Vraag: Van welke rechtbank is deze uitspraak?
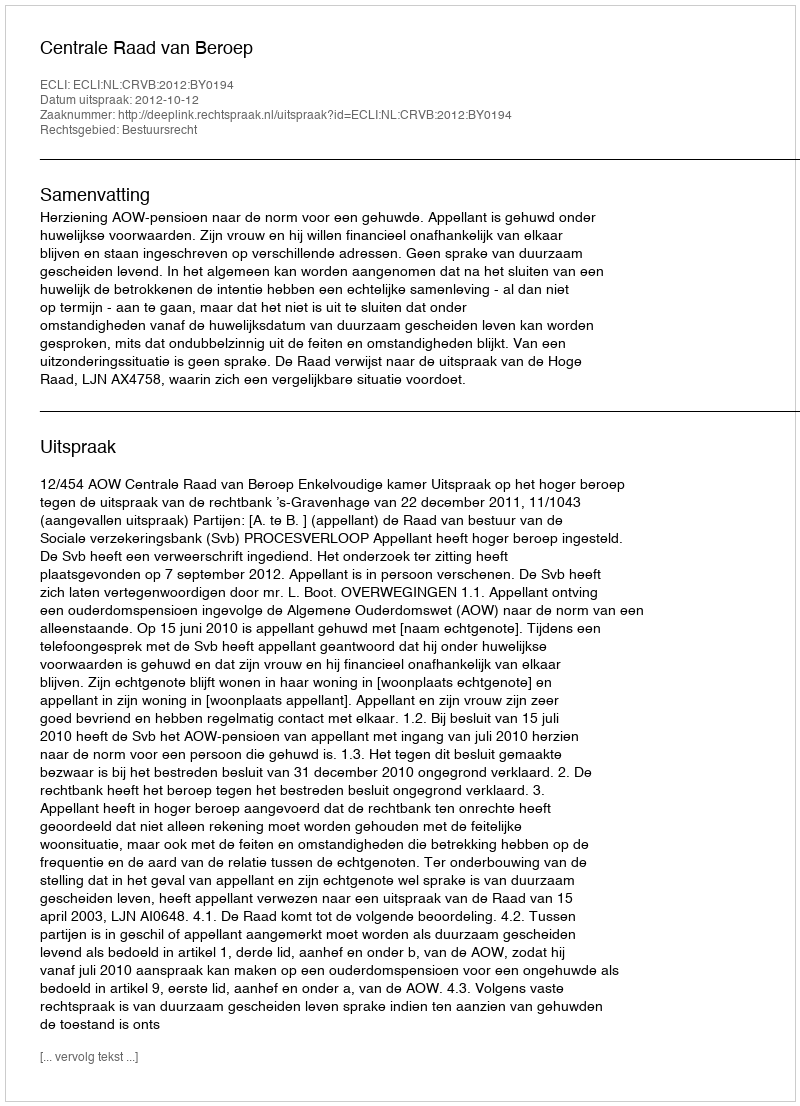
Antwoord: Centrale Raad van Beroep